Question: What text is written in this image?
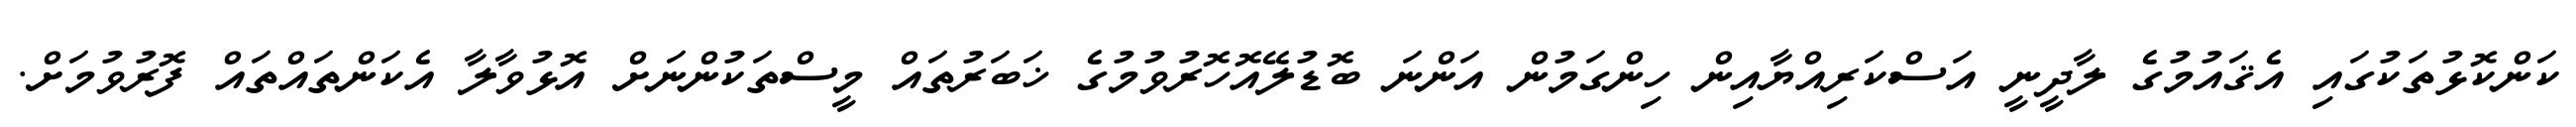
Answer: ކަންކޮޅުތަކުގައި އެޤައުމުގެ ލާދީނީ އަސްކަރިއްޔާއިން ހިންގަމުން އަންނަ ބޮޑުލޭއޮހޮރުވުމުގެ ޚަބަރުތައް މީސްތަކުންނަށް އޮޅުވާލާ އެކަންތައްތައް ފޮރުވުމަށް.